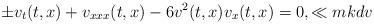
LaTeX: \begin{align*}\pm v_t(t,x)+v_{xxx}(t,x)-6v^2(t,x)v_x(t,x)=0,\ll{mkdv}\end{align*}